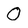
Character: O